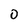
Character: 0